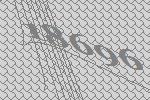
18696